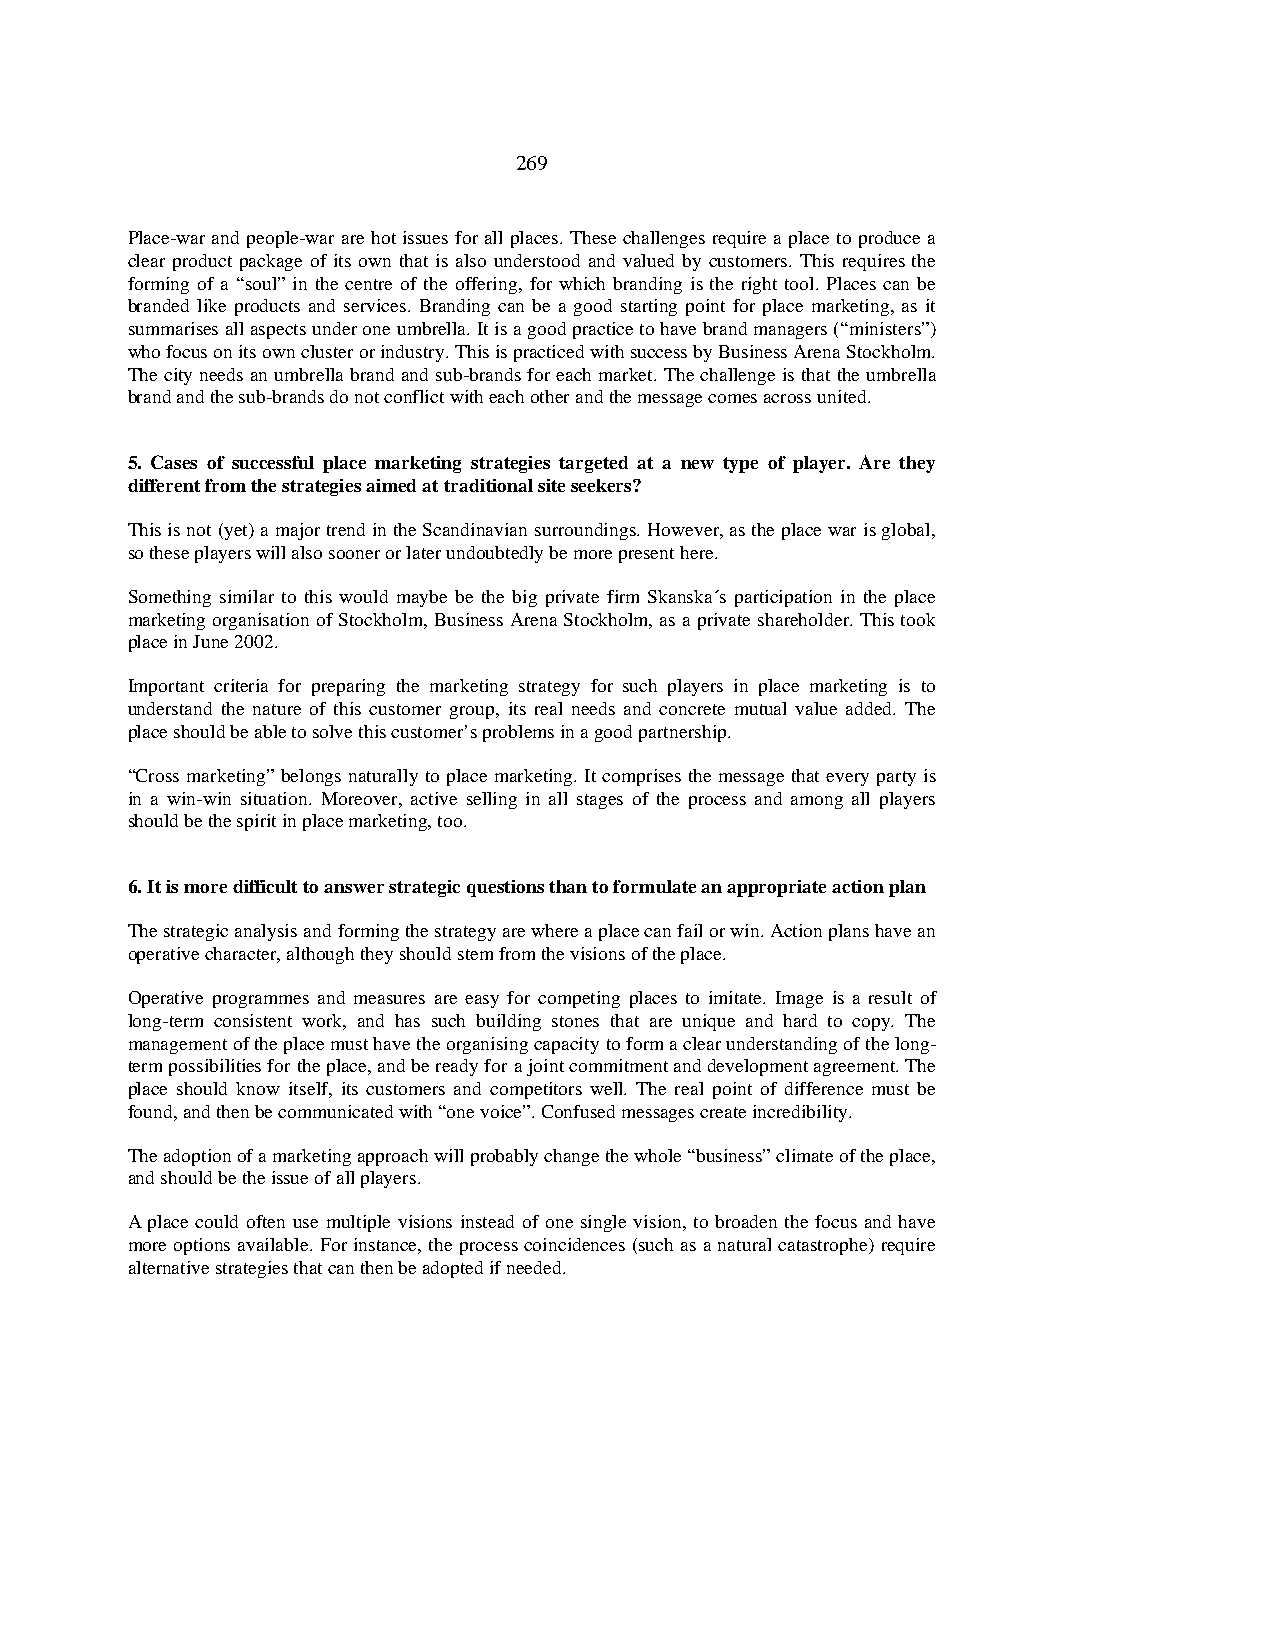
269
 Place-war and people-war are hot issues for all places. These challenges require a place to produce a
 clear product package of its own that is also understood and valued by customers. This requires the
 forming of a “soul” in the centre of the offering, for which branding is the right tool. Places can be
 branded like products and services. Branding can be a good starting point for place marketing, as it
 summarises all aspects under one umbrella. It is a good practice to have brand managers (“ministers”)
 who focus on its own cluster or industry. This is practiced with success by Business Arena Stockholm.
 The city needs an umbrella brand and sub-brands for each market. The challenge is that the umbrella
 brand and the sub-brands do not conflict with each other and the message comes across united.
 5. Cases of successful place marketing strategies targeted at a new type of player. Are they
 different from the strategies aimed at traditional site seekers?
 This is not (yet) a major trend in the Scandinavian surroundings. However, as the place war is global,
 so these players will also sooner or later undoubtedly be more present here.
 Something similar to this would maybe be the big private firm Skanska´s participation in the place
 marketing organisation of Stockholm, Business Arena Stockholm, as a private shareholder. This took
 place in June 2002.
 Important criteria for preparing the marketing strategy for such players in place marketing is to
 understand the nature of this customer group, its real needs and concrete mutual value added. The
 place should be able to solve this customer’s problems in a good partnership.
 “Cross marketing” belongs naturally to place marketing. It comprises the message that every party is
 in a win-win situation. Moreover, active selling in all stages of the process and among all players
 should be the spirit in place marketing, too.
 6. It is more difficult to answer strategic questions than to formulate an appropriate action plan
 The strategic analysis and forming the strategy are where a place can fail or win. Action plans have an
 operative character, although they should stem from the visions of the place.
 Operative programmes and measures are easy for competing places to imitate. Image is a result of
 long-term consistent work, and has such building stones that are unique and hard to copy. The
 management of the place must have the organising capacity to form a clear understanding of the long-
 term possibilities for the place, and be ready for a joint commitment and development agreement. The
 place should know itself, its customers and competitors well. The real point of difference must be
 found, and then be communicated with “one voice”. Confused messages create incredibility.
 The adoption of a marketing approach will probably change the whole “business” climate of the place,
 and should be the issue of all players.
 A place could often use multiple visions instead of one single vision, to broaden the focus and have
 more options available. For instance, the process coincidences (such as a natural catastrophe) require
 alternative strategies that can then be adopted if needed.